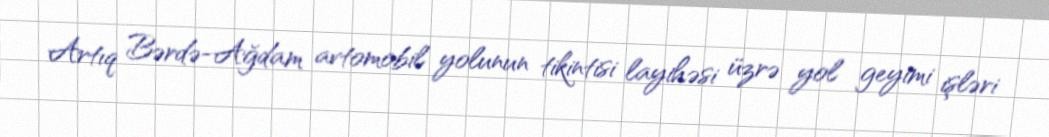
Artıq Bərdə-Ağdam avtomobil yolunun tikintisi layihəsi üzrə yol geyimi işləri